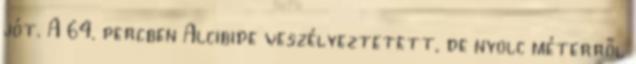
jót. A 64. percben Alcibide veszélyeztetett, de nyolc méterről